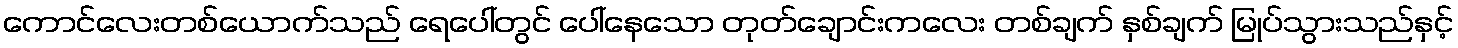
ကောင်လေးတစ်ယောက်သည် ရေပေါ်တွင် ပေါ်နေသော တုတ်ချောင်းကလေး တစ်ချက် နှစ်ချက် မြုပ်သွားသည်နှင့်